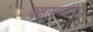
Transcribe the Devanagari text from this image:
कक्षाभ्रमणाच्या